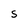
Character: S